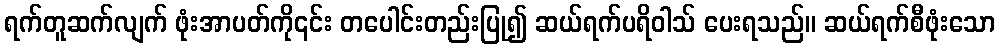
ရက်တူဆက်လျက် ဖုံးအာပတ်ကို၎င်း တပေါင်းတည်းပြု၍ ဆယ်ရက်ပရိဝါသ် ပေးရသည်။ ဆယ်ရက်စီဖုံးသော